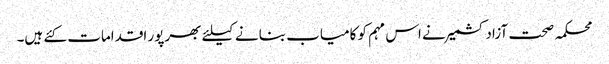
محکمہ صحت آزادکشمیر نے اس مہم کو کامیاب بنانے کیلئے بھرپور اقدامات کئے ہیں۔